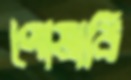
পোষাবি